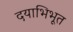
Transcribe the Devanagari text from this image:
दयाभिभूत